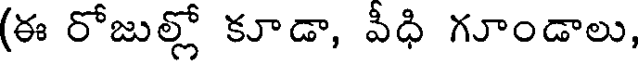
(ఈ రోజుల్లో కూడా, వీధి గూండాలు,